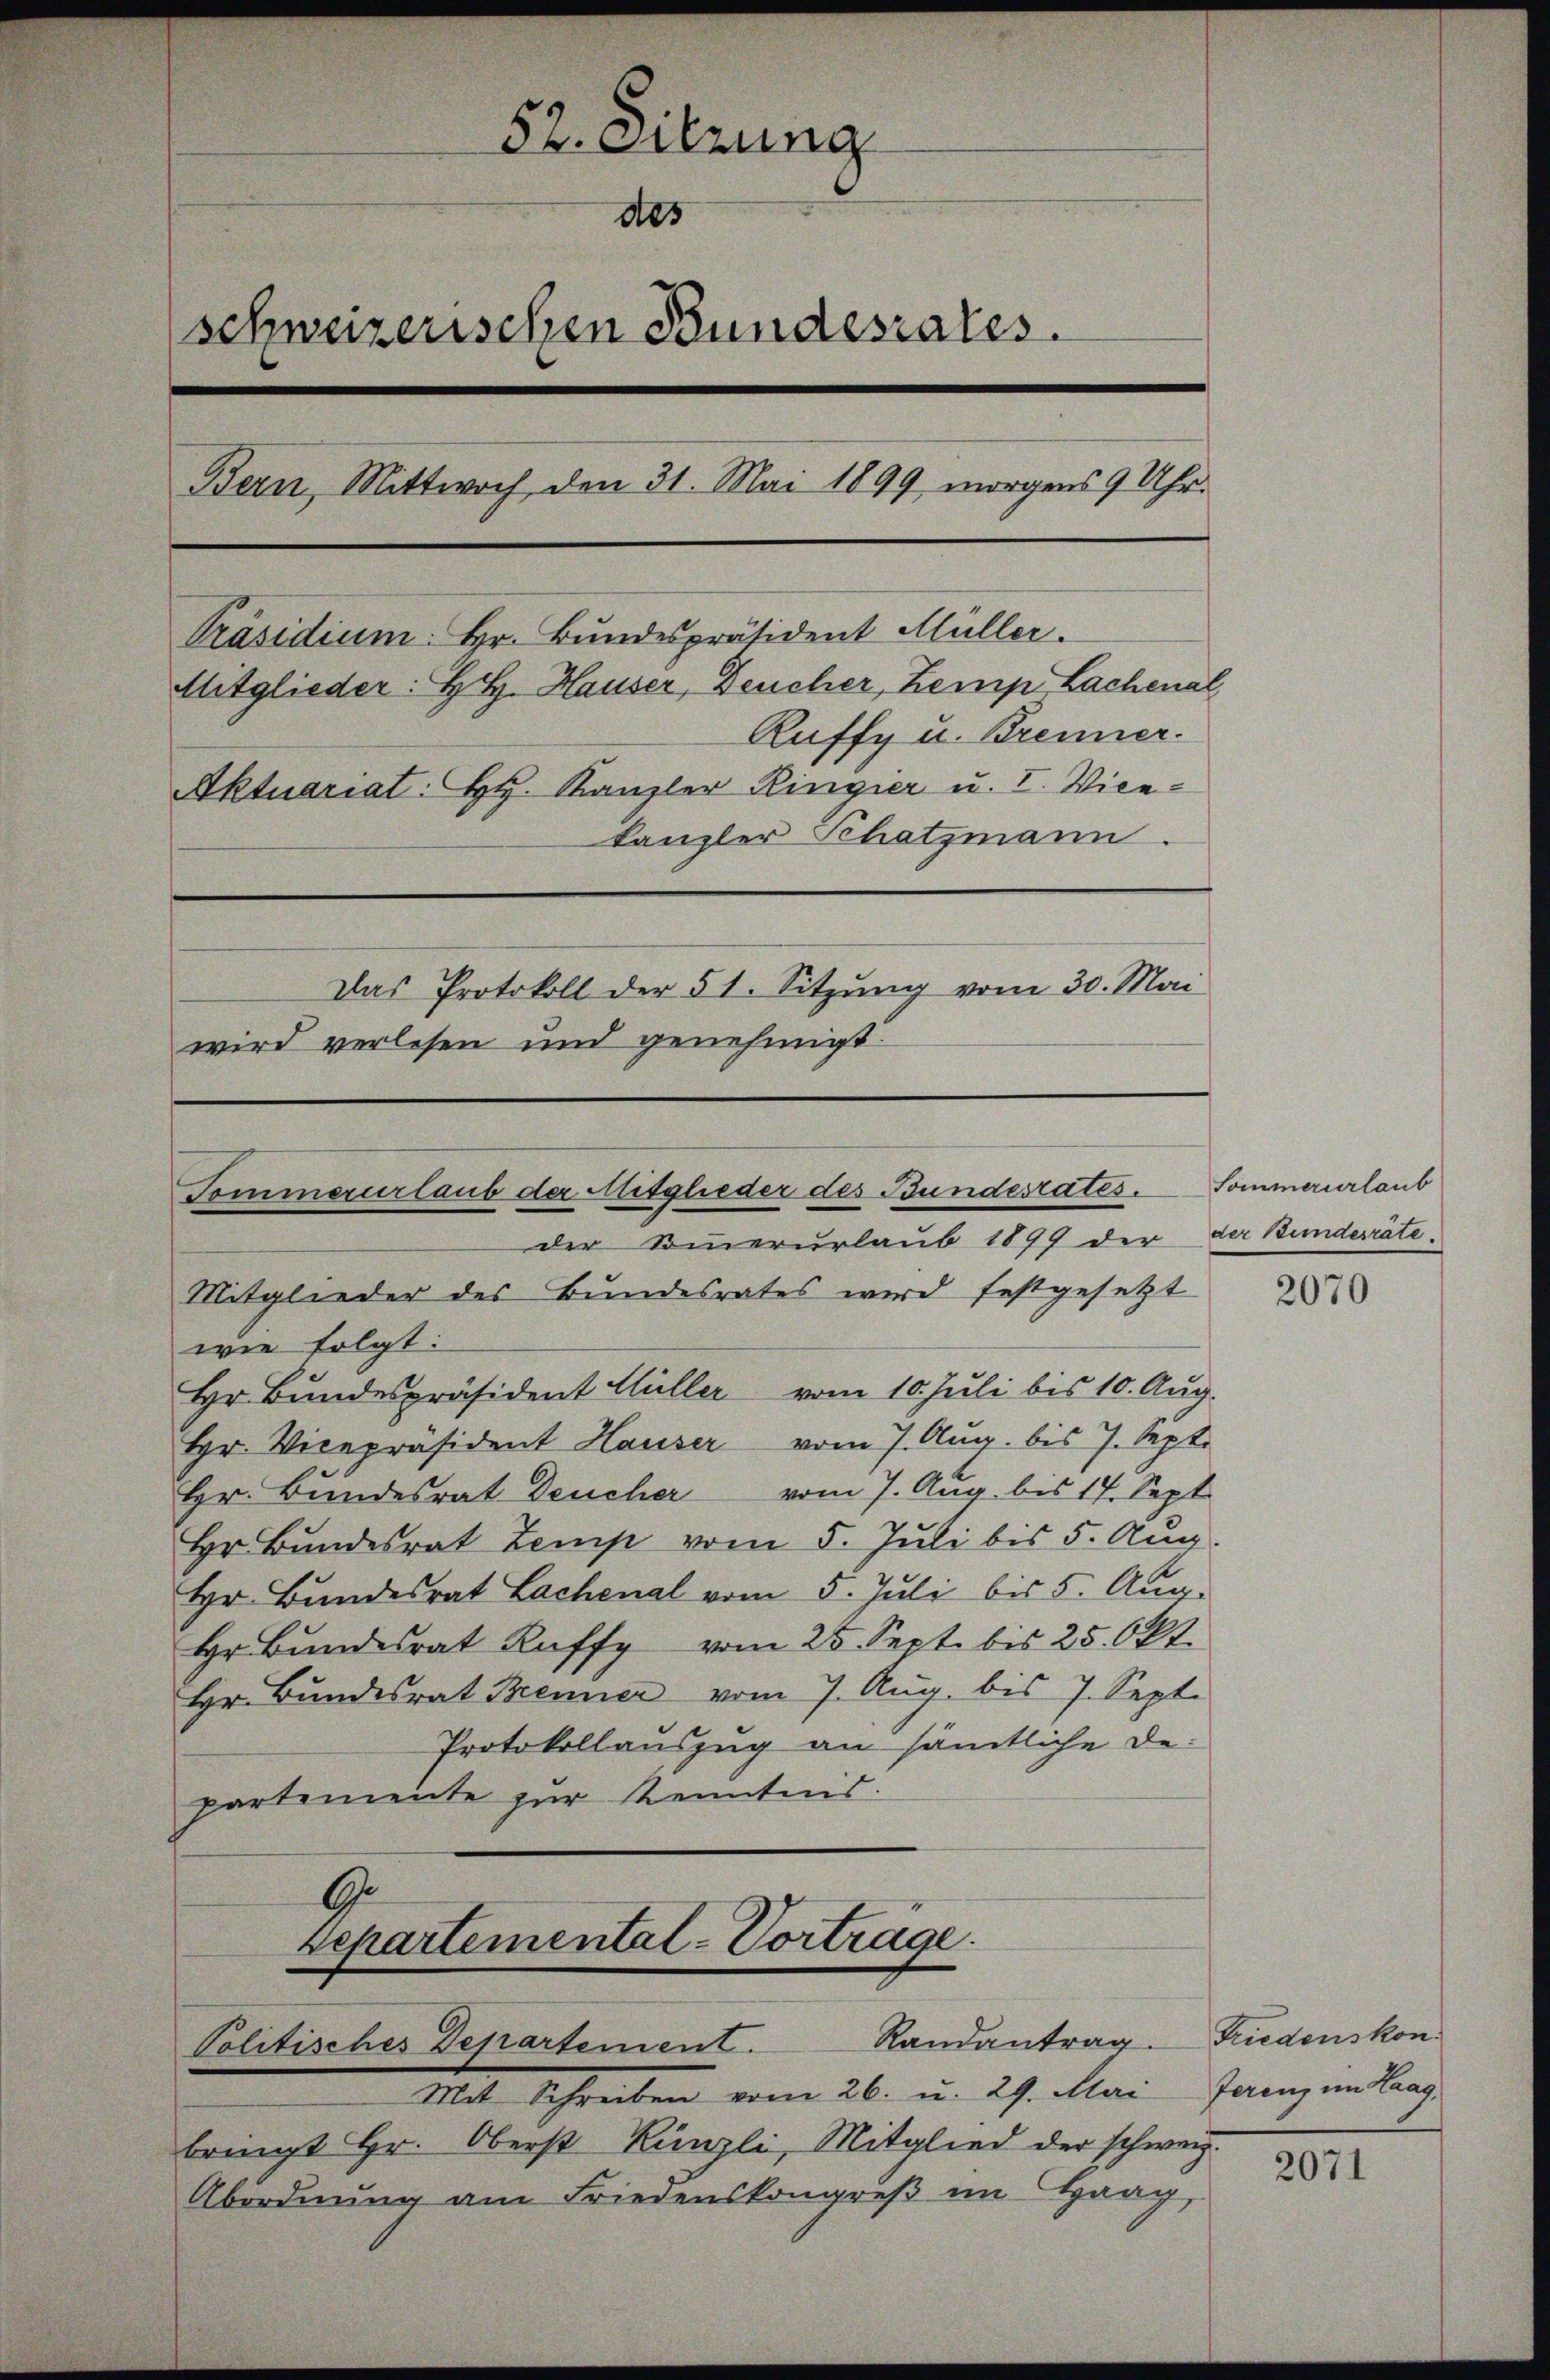
52. Sitzung
des
schweizerischen Bundesrates.
Bern, Mittwoch, den 31. Mai 1899 morgens 9 Uhr.
Präsidium. Hr. Bundespräsident Müller.
Mitglieder: BR. Hauser, Deucher, Zemp Lachenal,
Auffy u. Brenner.
Aktuariat: H. Kanzler Ringier u. I. Vicekanzler Schatzmann.
Das Protokoll der 51. Sitzŭng vom 30. Mai
wird verlesen und genehmigt.

Sommerurlaub der Mitglieder des Bundesrates.

Separtemental-Vorträge.
Politisches Departement. Randantrag. Friedenskon.

der Sommerurlaub 1899 der
Mitglieder des Bundesrates wird festgesetzt
wie folgt:
Hr. Bundespräsident Hüller vom 10. Juli bis 10. Aug.
Hr. Vicepräsident Hauser vom 7. Aug. bis 7. Sept.
Hr. Bundesrat Deucher vom 7. Aug. bis 17. Sept
Hr. Bundesrat Zemp vom 5. Juli bis 5. Aug.
Hr. Bundesrat Lachenal vom 5. Juli bis 5. Aug.
Hr. Bundesrat Ruffy vom 25. Sept. bis 25. Okt.
Hr. Bundesrat Brenner vom 7. Aug. bis 7. Sept.
Protokollauszug an sämtliche Departemente zur Kenntnis.
G.

Mit Schreiben vom 26. u. 29. Mai Jerenz im Haag,
bringt Hr. Oberst Künzli, Mitglied der schweiz.
Abordnung am Friedenskongreß im Haag,

Sommerurlaub
der Bundesräte.

2070

2071